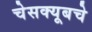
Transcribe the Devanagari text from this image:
चेसक्यूबचे